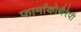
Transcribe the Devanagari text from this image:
फार्माकोथैरेपी